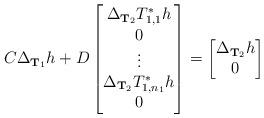
LaTeX: \begin{align*}C\Delta_{{\bf T}_1}h +D\left[\begin{matrix}\Delta_{{\bf T}_2}T_{1,1}^*h\\0\\\vdots\\ \Delta_{{\bf T}_2}T_{1,n_1}^*h\\ 0\end{matrix}\right]=\left[\begin{matrix}\Delta_{{\bf T}_2} h\\0\end{matrix}\right]\end{align*}